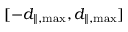
[ - d _ { \parallel , \operatorname* { m a x } } , d _ { \parallel , \operatorname* { m a x } } ]